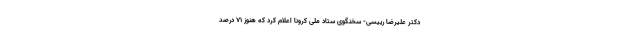
دکتر علیرضا رییسی- سخنگوی ستاد ملی کرونا اعلام کرد که هنوز ۷۱ درصد